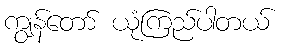
ကျွန်တော် ယုံကြည်ပါတယ်